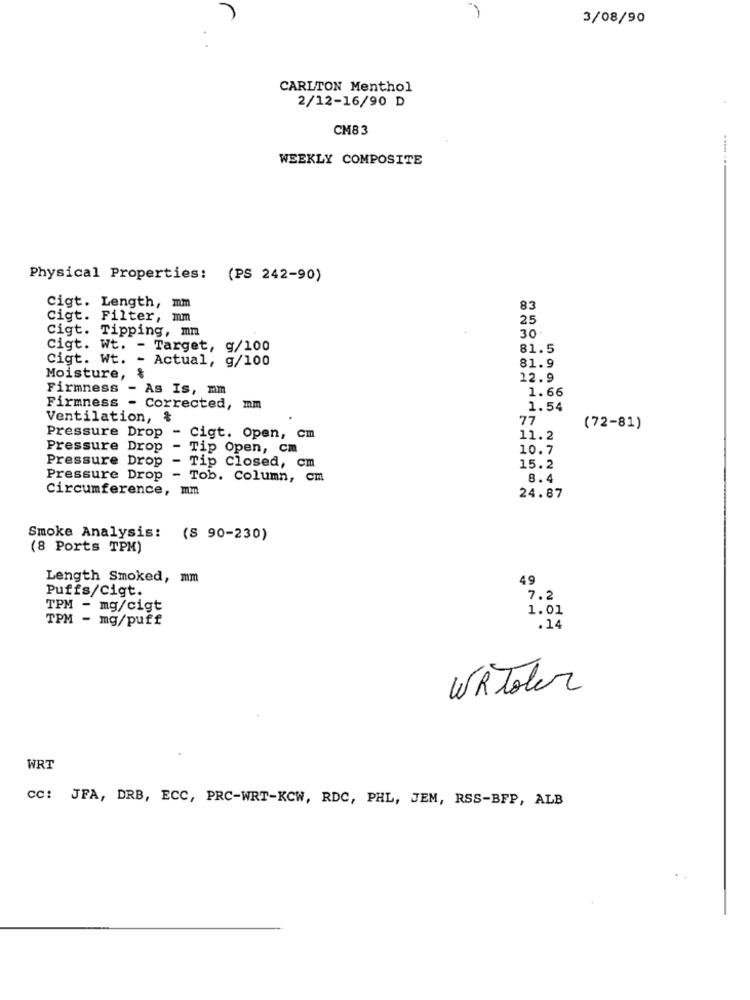
3/08/90
CARLTON Menthol
2/12-16/90 D
CM83
WEEKLY COMPOSITE
Physical Properties: (PS 242-90)
cigt. Length, mm
83
Cigt. Filter, mm
25
Cigt. Tipping, mm
30
cigt. Wt. - Target, g/100
81.5
Cigt. Wt. - Actual, g/100
81.9
Moisture, %
12.9
Firmness - As Is, mm
1.66
Firmness - Corrected, mm
1.54
Ventilation,
77
(72-81)
Pressure Drop
- Cigt. Open, cm
11.2
Pressure Drop
- Tip Open, cm
10.7
Pressure Drop
- Tip Closed, cm
15.2
Pressure Drop
- Tob. Column, cm
8.4
Circumference, mm
24.87
Smoke Analysis: (S 90-230)
(8 Ports TPM)
Length Smoked, mm
49
Puffs/Cigt.
7.2
TPM - mg/cigt
1.01
TPM - mg/puff
.14
WRToler
WRT
CC: JFA, DRB, ECC, PRC-WRT-KCW, RDC, PHL, JEM, RSS-BFP, ALB